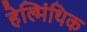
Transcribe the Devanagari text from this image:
हेल्मिंथिक